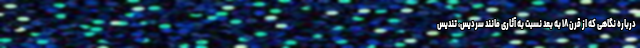
درباره نگاهی که از قرن ۱۸ به بعد نسبت به آثاری مانند سردیس، تندیس